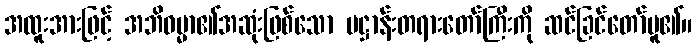
အထူးအားဖြင့် အဘိဓမ္မာ၏အဆုံးဖြစ်သော ပဋ္ဌာန်းတရားတော်ကြီးကို ဆင်ခြင်တော်မူ၏။